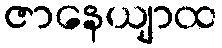
ဇာနေယျာထ